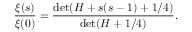
{ \frac { \xi ( s ) } { \xi ( 0 ) } } = { \frac { \operatorname* { d e t } ( H + s ( s - 1 ) + 1 / 4 ) } { \operatorname* { d e t } ( H + 1 / 4 ) } } .